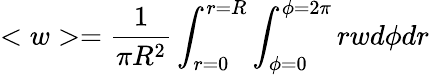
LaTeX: <w>=\frac{1}{\pi R^{2}}\int_{r=0}^{r=R}\int_{\phi=0}^{\phi=2\pi}rwd\phi dr